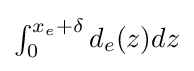
\textstyle \int _{0}^{x_{e}+\delta }d_{e}(z)dz